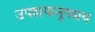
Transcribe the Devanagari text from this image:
उपशयानुपशय